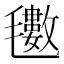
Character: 𭯫